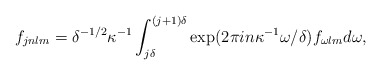
\begin{align*}f_{jnlm}=\delta ^{-1/2}\kappa^{-1}\int ^{(j+1)\delta}_{j\delta}\exp (2\pi in\kappa^{-1}\omega /\delta )f_{\omega lm}d\omega ,\end{align*}